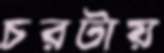
চরটায়